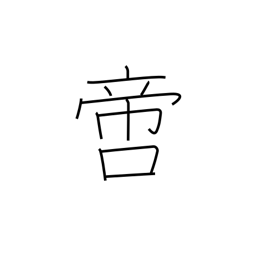
Meaning: incomparable